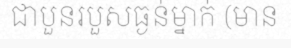
ជាបួនរបួសធ្ងន់ម្នាក់ (មាន